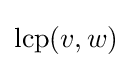
\operatorname {lcp} (v,w)